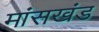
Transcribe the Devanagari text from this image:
मांसखंड